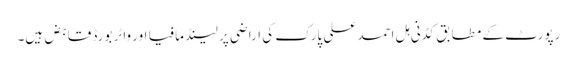
رپورٹ کے مطابق کڈنی ہل احمد علی پارک کی اراضی پر لینڈ مافیا اور واٹر بورڈ قابض ہیں۔